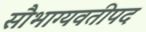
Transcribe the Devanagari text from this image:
सौभाग्यवतीपद